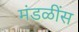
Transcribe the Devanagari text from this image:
मंडळींस